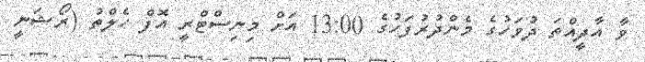
ވާ އާދީއްތަ ދުވަހުގެ މެންދުރުފަހުގެ 13:00 އަށް މިނިސްޓްރީ އޮފް ހެލްތު (ރޯޝަނީ